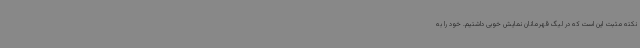
نکته مثبت این است که در لیگ قهرمانان نمایش خوبی داشتیم. خود را به